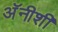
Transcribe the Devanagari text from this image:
अॅनीशी